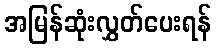
အမြန်ဆုံးလွှတ်ပေးရန်